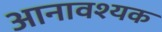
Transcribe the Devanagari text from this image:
आनावश्यक